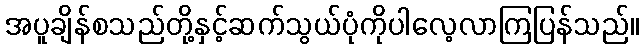
အပူချိန်စသည်တို့နှင့်ဆက်သွယ်ပုံကိုပါလေ့လာကြပြန်သည်။